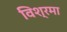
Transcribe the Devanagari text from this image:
विश्रमा